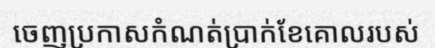
ចេញប្រកាសកំណត់ប្រាក់ខែគោលរបស់